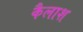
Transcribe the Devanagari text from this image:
कैलाश